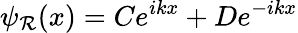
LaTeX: \psi_{\mathcal{R}}(x)=Ce^{ikx}+De^{-ikx}